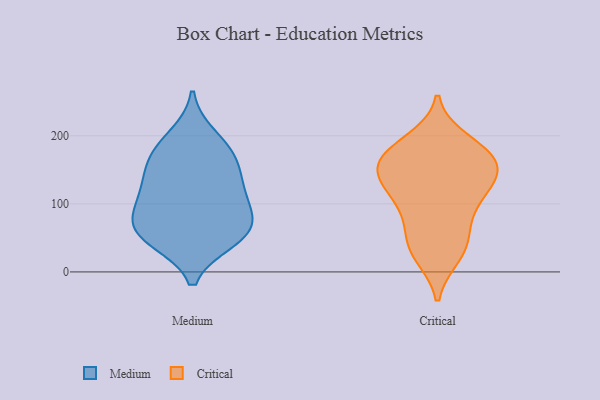
{"axis": {"x": "LTV (USD)", "y": "Value"}, "legend": ["Critical", "Medium"], "data": [{"x": "", "y": 78, "type": "Medium"}, {"x": "", "y": 56, "type": "Medium"}, {"x": "", "y": 173, "type": "Medium"}, {"x": "", "y": 125, "type": "Medium"}, {"x": "", "y": 155, "type": "Medium"}, {"x": "", "y": 64, "type": "Medium"}, {"x": "", "y": 123, "type": "Medium"}, {"x": "", "y": 50, "type": "Medium"}, {"x": "", "y": 172, "type": "Medium"}, {"x": "", "y": 47, "type": "Medium"}, {"x": "", "y": 199, "type": "Medium"}, {"x": "", "y": 84, "type": "Medium"}, {"x": "", "y": 110, "type": "Medium"}, {"x": "", "y": 104, "type": "Critical"}, {"x": "", "y": 65, "type": "Critical"}, {"x": "", "y": 142, "type": "Critical"}, {"x": "", "y": 123, "type": "Critical"}, {"x": "", "y": 36, "type": "Critical"}, {"x": "", "y": 141, "type": "Critical"}, {"x": "", "y": 25, "type": "Critical"}, {"x": "", "y": 167, "type": "Critical"}, {"x": "", "y": 173, "type": "Critical"}, {"x": "", "y": 167, "type": "Critical"}, {"x": "", "y": 35, "type": "Critical"}, {"x": "", "y": 177, "type": "Critical"}, {"x": "", "y": 152, "type": "Critical"}, {"x": "", "y": 87, "type": "Critical"}, {"x": "", "y": 124, "type": "Critical"}, {"x": "", "y": 192, "type": "Critical"}]}